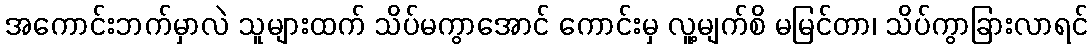
အကောင်းဘက်မှာလဲ သူများထက် သိပ်မကွာအောင် ကောင်းမှ လူ့မျက်စိ မမြင်တာ၊ သိပ်ကွာခြားလာရင်